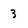
Character: 3